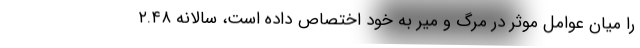
را میان عوامل موثر در مرگ و میر به خود اختصاص داده است، سالانه ۲.۴۸